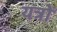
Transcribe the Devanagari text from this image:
यत्रों